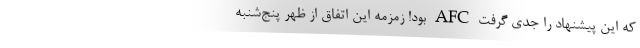
که این پیشنهاد را جدی گرفت AFC بود! زمزمه این اتفاق از ظهر پنج‌شنبه